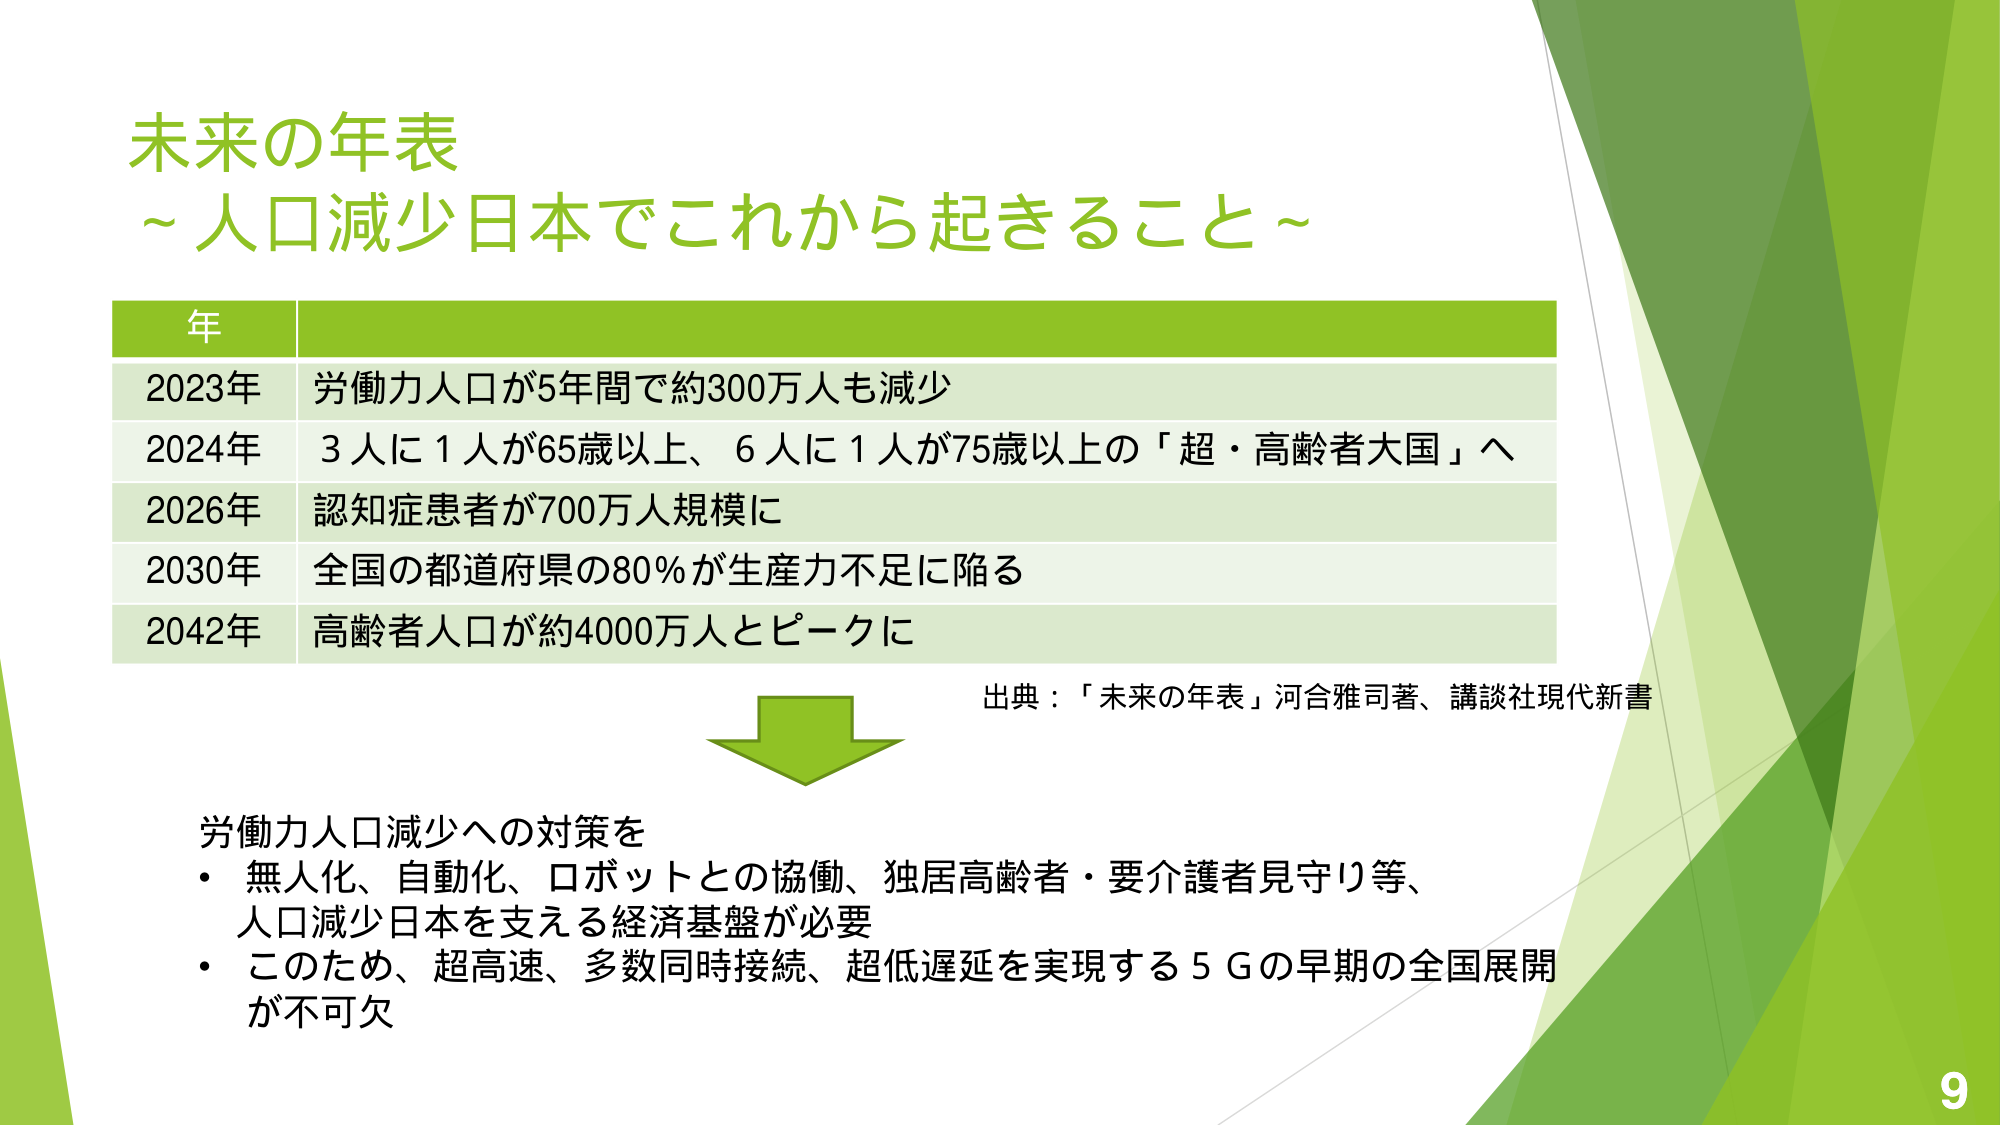
未来の年表
～人口減少日本でこれから起きること～

年
2023年　労働力人口が5年間で約300万人も減少
2024年　3人に1人が65歳以上、6人に1人が75歳以上の「超・高齢者大国」へ
2026年　認知症患者が700万人規模に
2030年　全国の都道府県の80％が生産力不足に陥る
2042年　高齢者人口が約4000万人とピークに

出典：「未来の年表」河合雅司著、講談社現代新書

労働力人口減少への対策を
・無人化、自動化、ロボットとの協働、独居高齢者・要介護者見守り等、
　人口減少日本を支える経済基盤が必要
・このため、超高速、多数同時接続、超低遅延を実現する5Gの早期の全国展開
　が不可欠

9